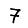
Digit: 7